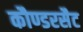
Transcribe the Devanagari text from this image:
कौण्डरसैट